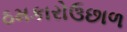
ઠમકારોઉછાળ